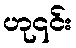
ဟု၎င်း